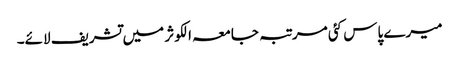
میرے پاس کئی مرتبہ جامعہ الکوثر میں تشریف لائے۔